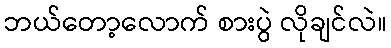
ဘယ်တော့လောက် စားပွဲ လိုချင်လဲ။